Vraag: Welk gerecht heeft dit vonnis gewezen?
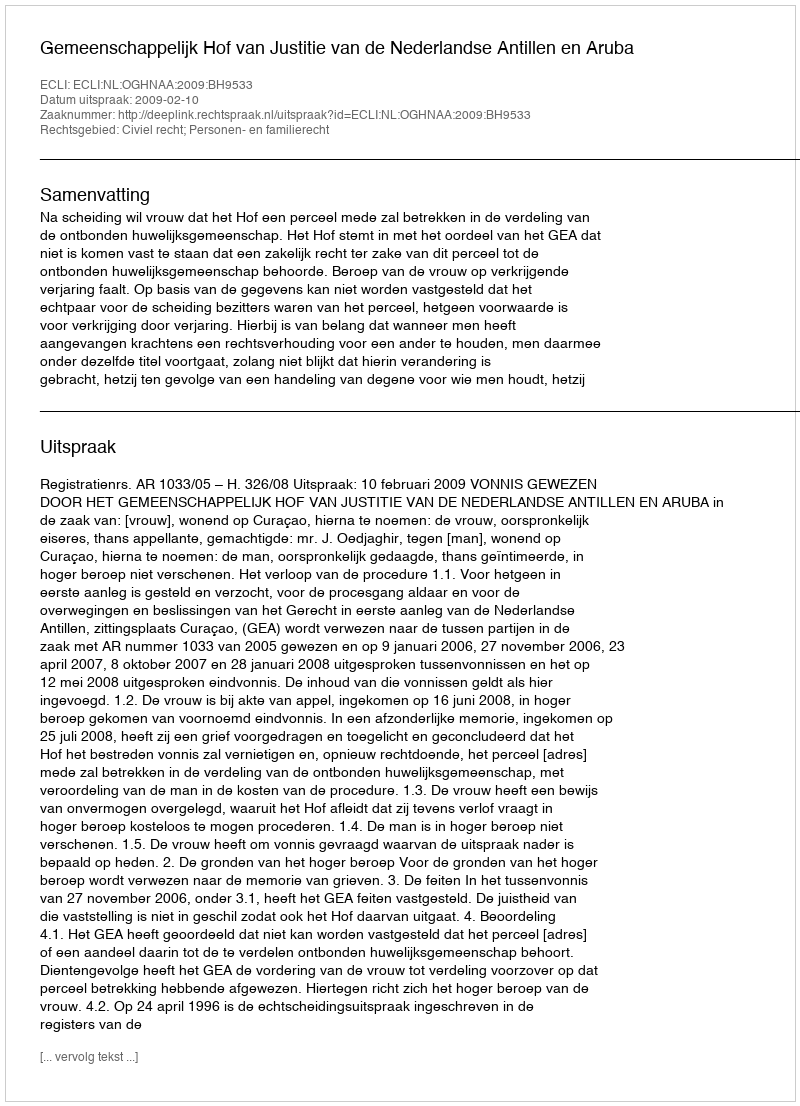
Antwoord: Gemeenschappelijk Hof van Justitie van de Nederlandse Antillen en Aruba